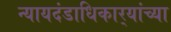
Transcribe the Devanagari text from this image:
न्यायदंडाधिकार्‍यांच्या